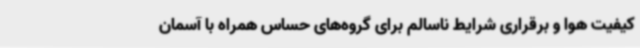
کیفیت هوا و برقراری شرایط ناسالم برای گروه‌های حساس همراه با آسمان